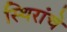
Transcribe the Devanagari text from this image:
स्थिरांचे